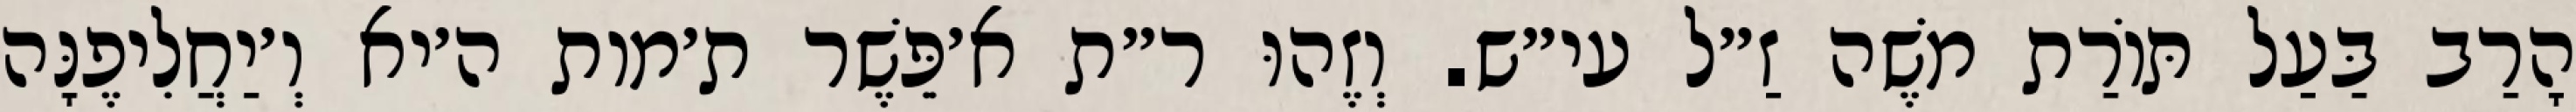
הָרַב בַּעַל תּוֹרַת מֹשֶׁה זַ״ל עי״ש. וְזֶהוּ ר״ת א׳פֵּשֶׁר ת׳מות ה׳יא וְ׳יַחֲלִיפֶנָּה